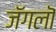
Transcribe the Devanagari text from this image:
जॅगलॊ